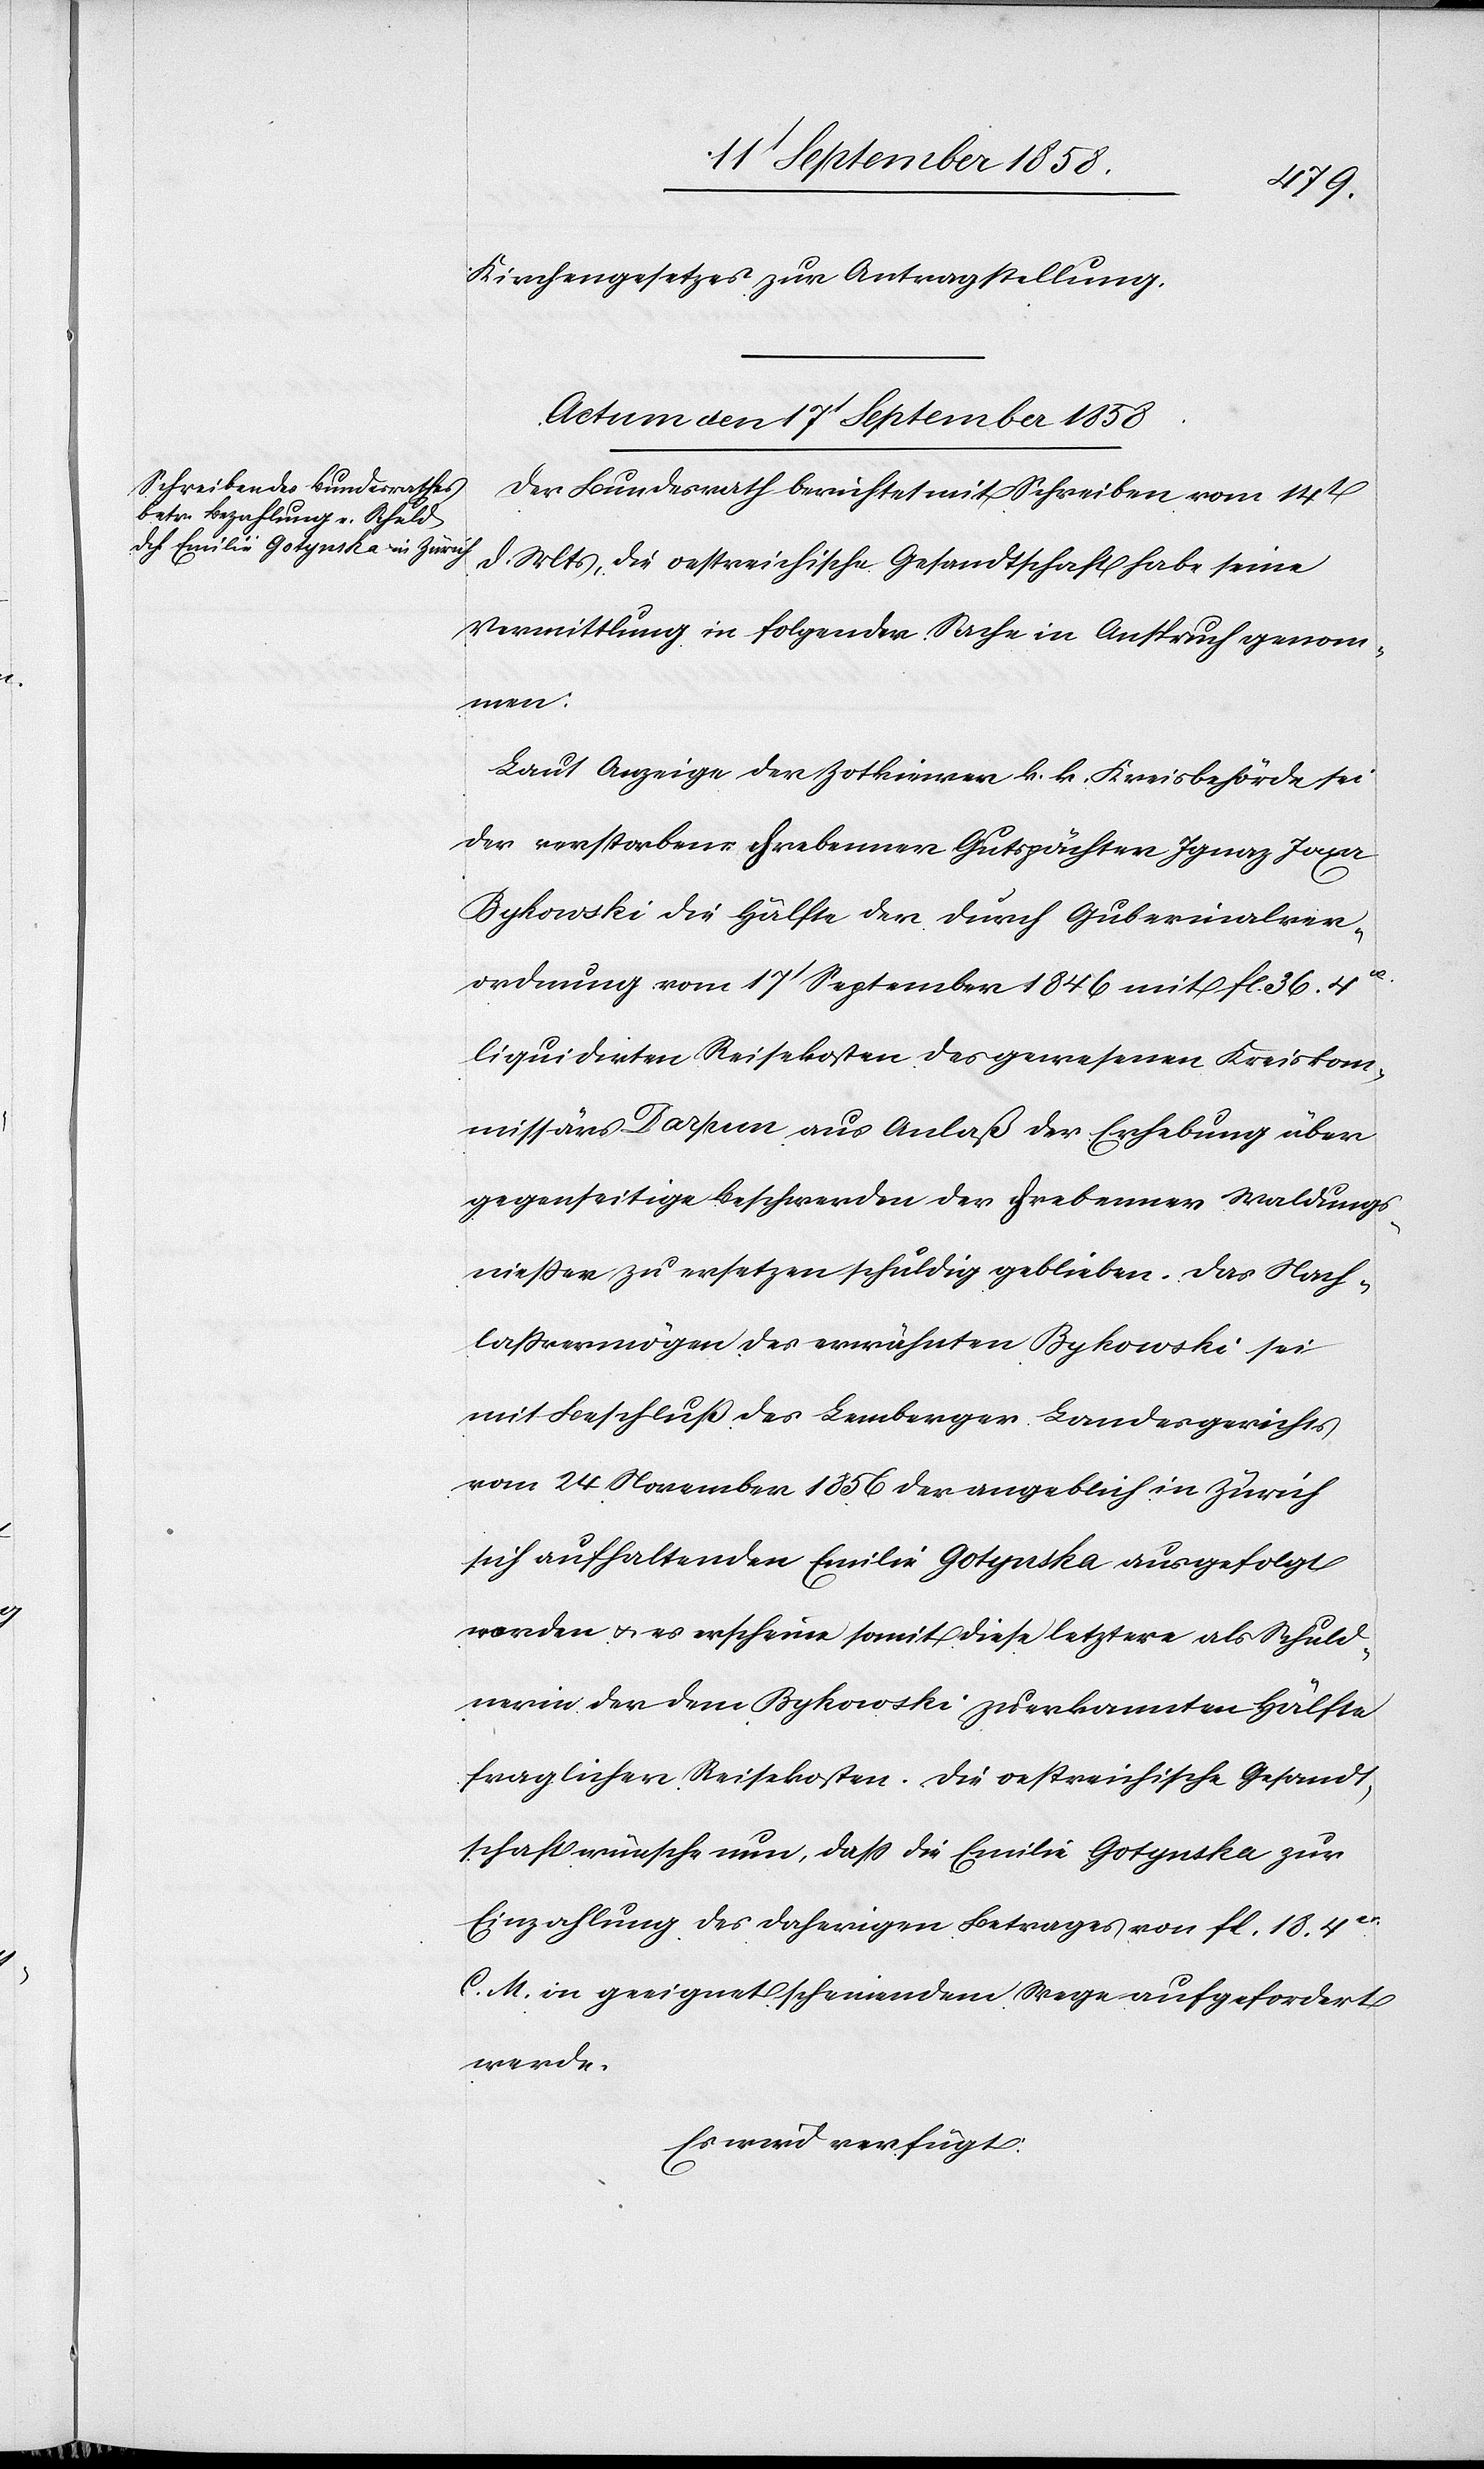
Kirchengesetzes zur Antragstellung.
Actum den 17t September 1858.
Der Bundesrath berichtet mit Schreiben vom 14t
d. Mts, die oestreichische Gesandtschaft habe seine
Vermittlung in folgender Sache in Anspruch genom¬
men:
Laut Anzeige der Zotkiewer k. k. Kreisbehörde sei
der verstorbene hrebenner Gutspächter Ignaz Jaxa
Bykowski die Hälfte der durch Gubernialver¬
ordnung vom 17t September 1846 mit fl. 36. 4x.
liquidirten Reisekosten des gewesenen Kreiskom¬
missärs Darpun aus Anlaß der Erhebung über
gegenseitige Beschwerden der hrebenner Waldungs¬
nießer zu ersetzen schuldig geblieben. Das Nach¬
laßvermögen des erwähnten Bykowski sei
mit Beschluß des Lemberger Landesgerichts
vom 24 November 1856 der angeblich in Zürich
sich aufhaltenden Emilie Gotynska ausgefolgt
worden & es erscheine somit diese letztere als Schuld¬
nerin der dem Bykowski zuerkannten Hälfte
fraglicher Reisekosten. Die oestreichische Gesandt¬
schaft wünsche nun, daß die Emilie Gotynska zur
Einzahlung des daherigen Betrages von fl. 18. 4x.
C. M. in geeignet scheinendem Wege aufgefordert
werde.
Es wird verfügt: